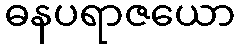
ဓနပရာဇယော